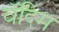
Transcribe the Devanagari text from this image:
वॅदिम